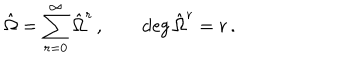
{ \hat { \Omega } } = \sum _ { r = 0 } ^ { \infty } { \hat { \Omega } } ^ { r } \, , \qquad \deg { { \hat { \Omega } ^ { r } } } = r \, .